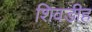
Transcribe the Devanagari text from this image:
शिवडीह